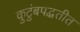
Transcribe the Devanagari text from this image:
कुटुंबपद्धतीत